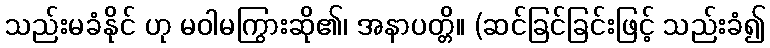
သည်းမခံနိုင် ဟု မဝါမကြွားဆို၏၊ အနာပတ္တိ။ (ဆင်ခြင်ခြင်းဖြင့် သည်းခံ၍